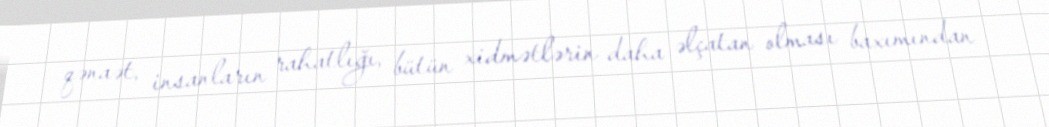
qənaət, insanların rahatlığı, bütün xidmətlərin daha əlçatan olması baxımından